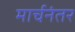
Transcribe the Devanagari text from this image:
मार्चनंतर